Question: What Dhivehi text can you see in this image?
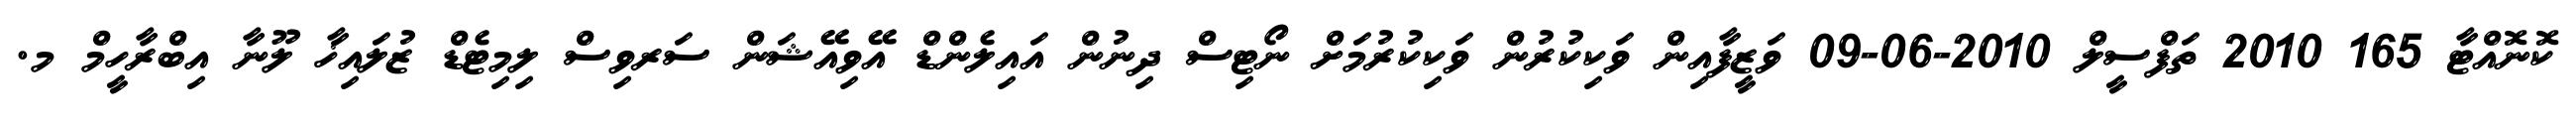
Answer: ކޮނޮއްޓާ 165 2010 ތަފްސީލް 2010-06-09 ވަޒީފާއިން ވަކިކުރުން ވަކިކުރުމަށް ނޯޓިސް ދިނުން އައިލެންޑް އޭވިއޭޝަން ސަރވިސް ލިމިޓެޑް ޒުލައިޚާ ލޫނާ އިބްރާހީމް މ.